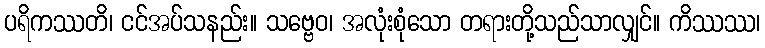
ပရိကဿတိ၊ ငင်အပ်သနည်း။ သဗ္ဗေဝ၊ အလုံးစုံသော တရားတို့သည်သာလျှင်။ ကိဿဿ၊